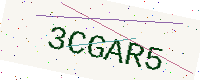
Text: 3CGAR5